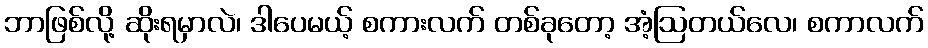
ဘာဖြစ်လို့ ဆိုးရမှာလဲ၊ ဒါပေမယ့် စကားလက် တစ်ခုတော့ အံ့ဩတယ်လေ၊ စကာလက်